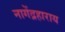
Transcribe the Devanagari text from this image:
नागेंद्रहाराय